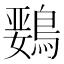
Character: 𲍣